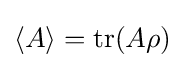
\langle A\rangle =\operatorname {tr} (A\rho )